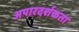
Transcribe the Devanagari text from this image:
अपारदर्शकता